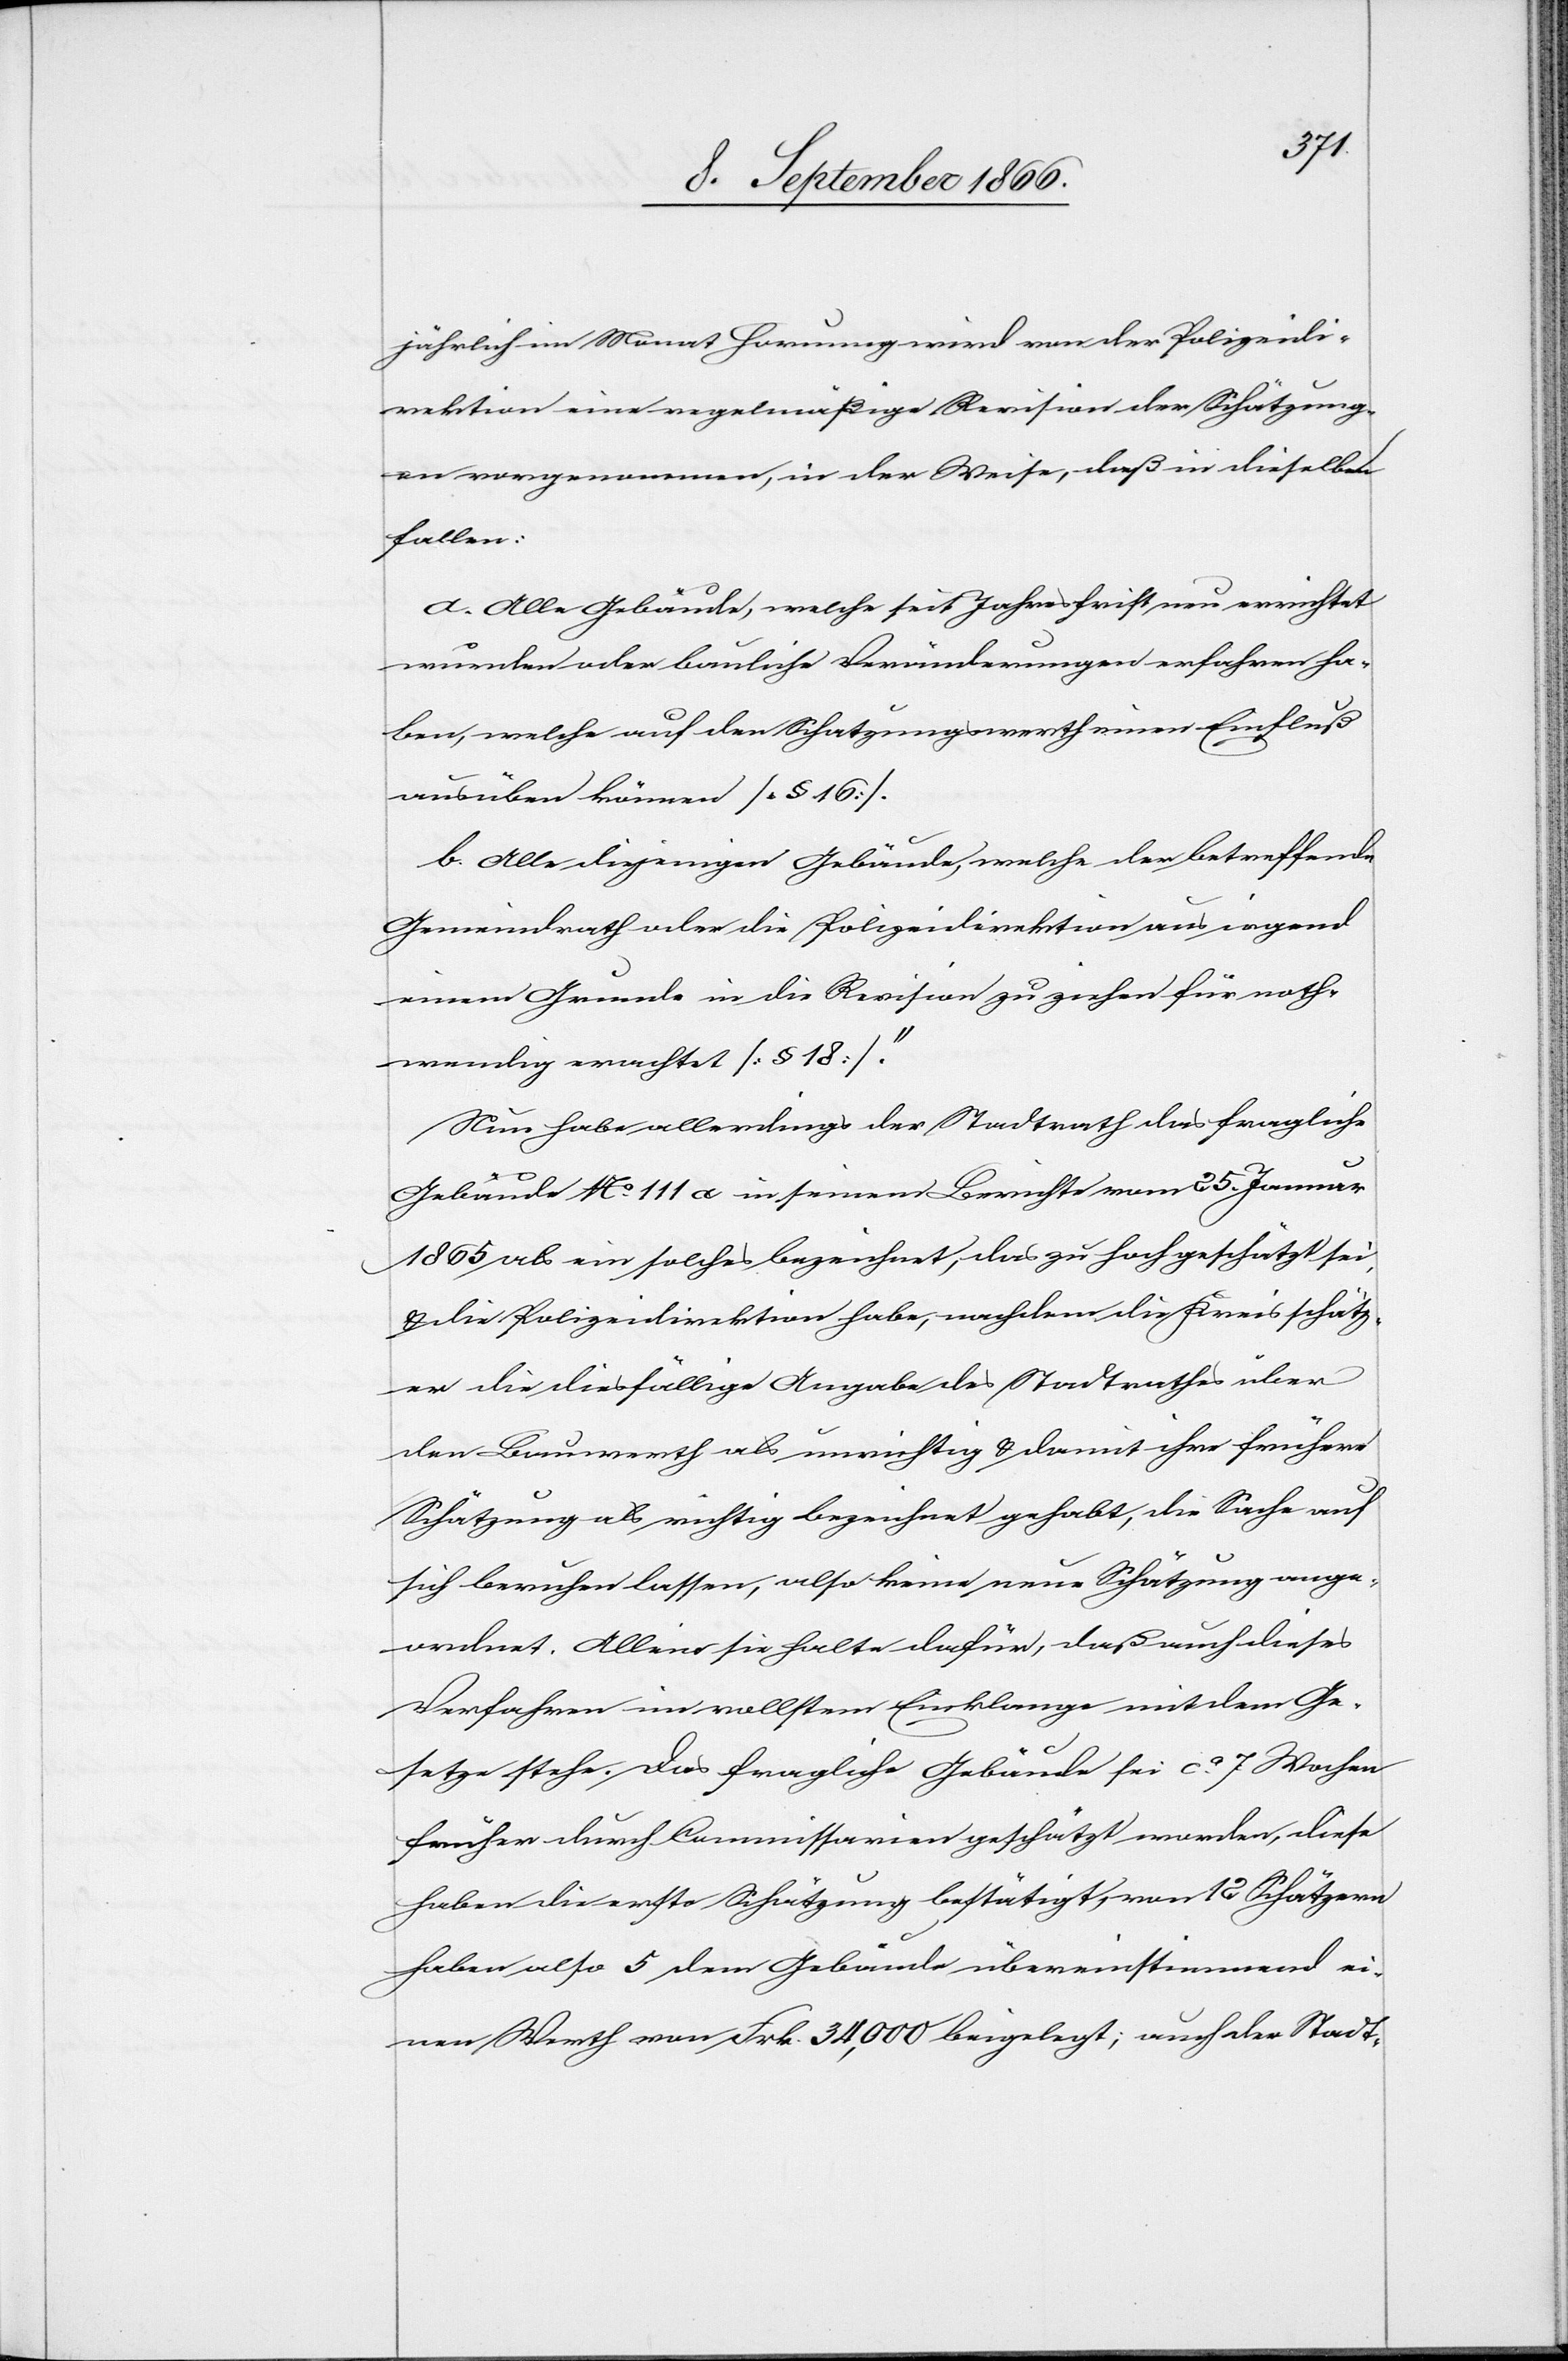
jährlich im Monat Hornung wird von der Polizeidi¬
rektion eine regelmäßige Revision der Schätzung¬
en vorgenommen, in der Weise, daß in dieselbe
fallen:
a. Alle Gebäude, welche seit Jahresfrist neu errichtet
wurden oder bauliche Veränderungen erfahren ha¬
ben, welche auf den Schatzungswerth einen Einfluß
ausüben können [§ 16].
b. Alle diejenigen Gebäude, welche der betreffende
Gemeindrath oder die Polizeidirektion aus irgend
einem Grunde in die Revision zu ziehen für noth¬
wendig erachtet [§ 18].“
Nun habe allerdings der Stadtrath das fragliche
Gebäude No. 111 a in seinem Berichte vom 25. Januar
1865 als ein solches bezeichnet, das zu hoch geschätzt sei,
u. die Polizeidirektion habe, nachdem die Kreisschätz¬
er die diesfällige Angabe des Stadtrathes über
den Bauwerth als unrichtig u. damit ihre frühere
Schätzung als richtig bezeichnet gehabt, die Sache auf
sich beruhen lassen, also keine neue Schätzung ange¬
ordnet. Alleine sie halte dafür, daß auch dieses
Verfahren im vollsten Einklange mit dem Ge¬
setze stehe, Das fragliche Gebäude sei ca. 7 Wochen
früher durch Commissarien geschätzt worden, diese
haben die erste Schätzung bestätigt, von 12 Schätzern
haben also 5 dem Gebäude übereinstimmend ei¬
nen Werth von Frk. 34 000 beigelegt; auch der Stadt-